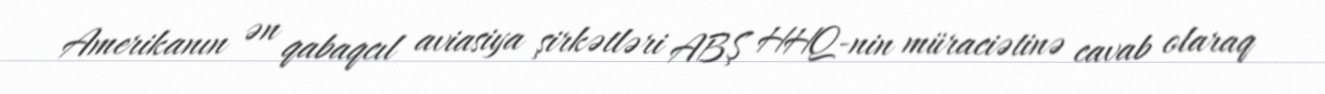
Amerikanın ən qabaqcıl aviasiya şirkətləri ABŞ HHQ-nin müraciətinə cavab olaraq